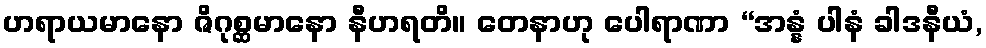
ဟရာယမာနော ဇိဂုစ္ဆမာနော နီဟရတိ။ တေနာဟု ပေါရာဏာ “အန္နံ ပါနံ ခါဒနီယံ,